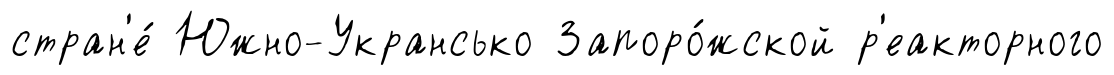
стран'е́ Южно-Укрансько Запоро́жской р'еакторного